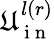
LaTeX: \mathfrak{U}_{\mathrm{{~i~n~}}}^{l(r)}